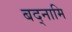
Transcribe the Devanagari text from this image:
बद्नामि